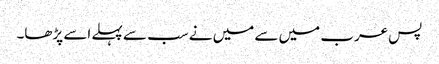
پس عرب میں سے میں نے سب سے پہلے اسے پڑھا۔